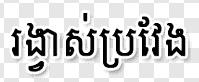
រង្វាស់ប្រវែង